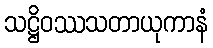
သဋ္ဌိဝဿသတာယုကာနံ